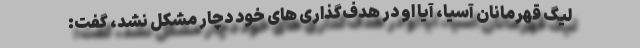
لیگ قهرمانان آسیا، آیا او در هدف‌گذاری های خود دچار مشکل نشد، گفت: